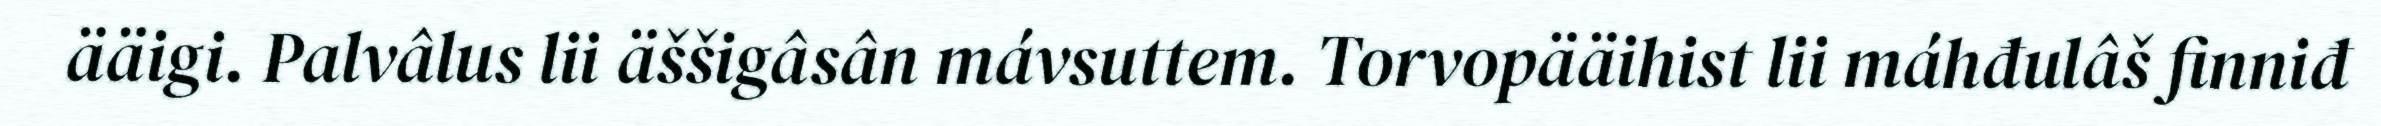
ääigi. Palvâlus lii äššigâsân mávsuttem. Torvopääihist lii máhđulâš finniđ